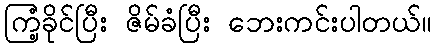
ကြံ့ခိုင်ပြီး ဇိမ်ခံပြီး ဘေးကင်းပါတယ်။